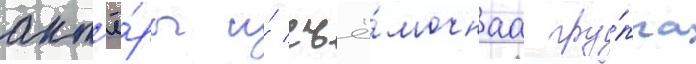
акт'ё́ры и́ съё́мочнаа гру́ппа